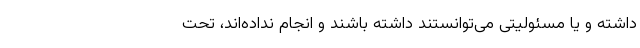
داشته و یا مسئولیتی می‌توانستند داشته باشند و انجام نداده‌اند، تحت